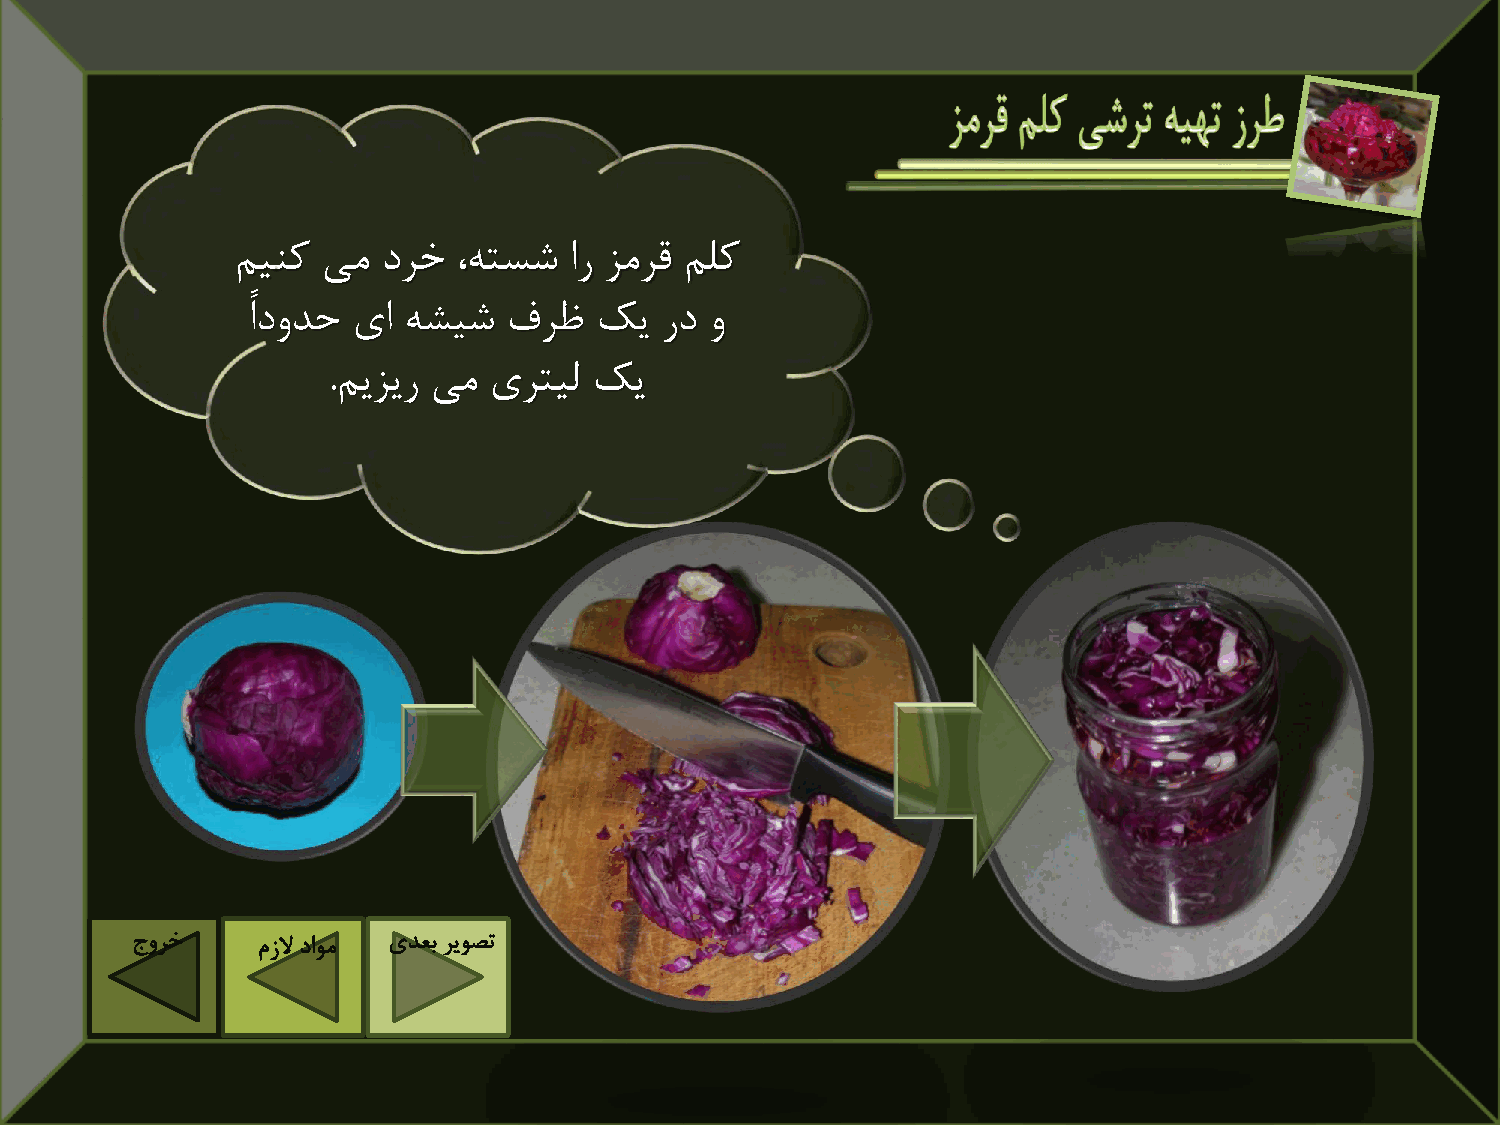
مینک  یم  درخ  ،هتسش   ار زمرق ملک
 ًادودح یا  هشیش   فرظ  کی   رد و
 .میزیر یم یرتیل  کی
 جورخ    مزلا داوم یدعب ریوصت